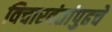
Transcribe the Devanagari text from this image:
विचारवंतांपुढचे